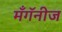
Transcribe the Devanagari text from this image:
मँगॅनीज